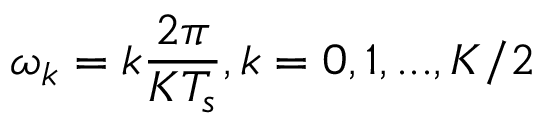
\omega _ { k } = k \frac { 2 \pi } { K T _ { s } } , k = 0 , 1 , . . . , K / 2